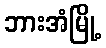
ဘားအံမြို့